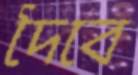
দৈবে